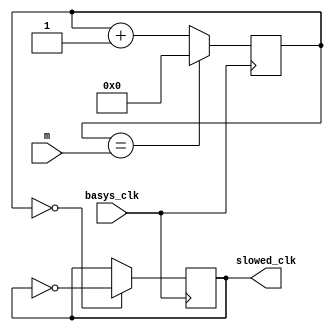
`timescale 1ns / 1ps
//////////////////////////////////////////////////////////////////////////////////
// Company: 
// Engineer: 
// 
// Design Name: 
// Module Name: clk_div
// Project Name: 
// Target Devices: 
// Tool Versions: 
// Description: 
// 
// Dependencies: 
// 
// Revision:
// Revision 0.01 - File Created
// Additional Comments:
// 
//////////////////////////////////////////////////////////////////////////////////


module clk_div( input basys_clk, input [31:0] m, output reg slowed_clk = 0 );

    reg [31:0] count = 0;
    always @ (posedge basys_clk) begin
        count <= (count == m) ? 0 : count + 1 ;
        slowed_clk <= (count == 0) ? ~slowed_clk : slowed_clk ;
    end

endmodule